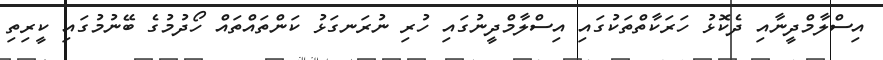
އިސްލާމްދީނާއި ދެކޮޅު ހަރަކާތްތަކުގައި އިސްލާމްދީނުގައި ހުރި ނުރަނގަޅު ކަންތައްތައް ހޯދުމުގެ ބޭނުމުގައި ކީރިތި